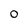
Character: o